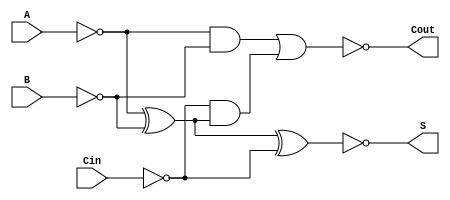
module Negative_Full_Adder (
    input wire A,      // First significant bit (in negative logic)
    input wire B,      // Second significant bit (in negative logic)
    input wire Cin,    // Carry-in (in negative logic)
    output wire S,     // Sum output (in negative logic)
    output wire Cout   // Carry-out output (in negative logic)
);

// Intermediate signals for negative logic
wire A_inv;          // Inverted A
wire B_inv;          // Inverted B
wire Cin_inv;        // Inverted Cin
wire sum_temp;       // Temporary sum in positive logic
wire carry_temp1;    // Temporary carry in positive logic
wire carry_temp2;    // Temporary carry in positive logic

// Invert inputs for negative logic
assign A_inv = ~A;
assign B_inv = ~B;
assign Cin_inv = ~Cin;

// Compute Sum using XOR logic
assign sum_temp = A_inv ^ B_inv ^ Cin_inv; // Sum in positive logic
assign S = ~sum_temp;                       // Invert for negative logic output

// Compute Carry-out using AND and OR logic
assign carry_temp1 = A_inv & B_inv; // A AND B in positive logic
assign carry_temp2 = Cin_inv & (A_inv ^ B_inv); // Cin AND (A XOR B) in positive logic
assign Cout = ~(carry_temp1 | carry_temp2); // Invert for negative logic output

endmodule